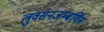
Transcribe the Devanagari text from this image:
लुवसनजम्बयिन